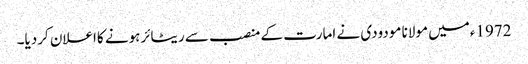
1972ءمیں مولانا مودودی نے امارت کے منصب سے ریٹائرہونے کااعلان کردیا۔